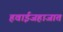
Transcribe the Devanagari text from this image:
हवाईजहाजात